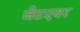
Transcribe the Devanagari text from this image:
जेटएयर